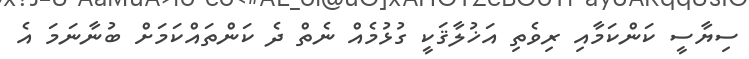
ސިޔާސީ ކަންކަމާއި ރިވެތި އަޚުލާޤަކީ ގުޅުމެއް ނެތް ދެ ކަންތައްކަމަށް ބުނާނަމަ އެ